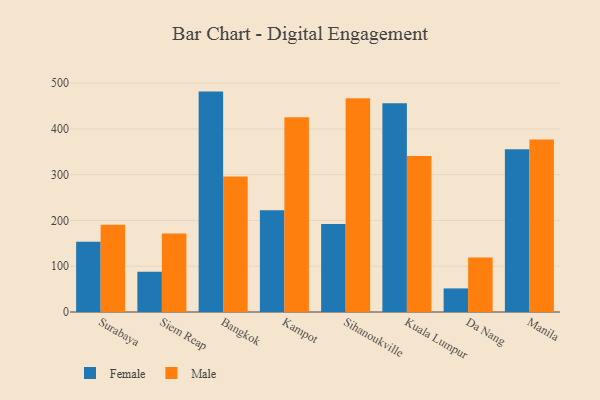
{"axis": {"x": "City", "y": "LTV (USD)"}, "legend": ["Female", "Male"], "data": [{"x": "Surabaya", "y": 153.7, "type": "Female"}, {"x": "Surabaya", "y": 190.5, "type": "Male"}, {"x": "Siem Reap", "y": 87.9, "type": "Female"}, {"x": "Siem Reap", "y": 171.3, "type": "Male"}, {"x": "Bangkok", "y": 481.4, "type": "Female"}, {"x": "Bangkok", "y": 295.8, "type": "Male"}, {"x": "Kampot", "y": 222.3, "type": "Female"}, {"x": "Kampot", "y": 425.4, "type": "Male"}, {"x": "Sihanoukville", "y": 192.1, "type": "Female"}, {"x": "Sihanoukville", "y": 467.0, "type": "Male"}, {"x": "Kuala Lumpur", "y": 456.2, "type": "Female"}, {"x": "Kuala Lumpur", "y": 341.0, "type": "Male"}, {"x": "Da Nang", "y": 51.5, "type": "Female"}, {"x": "Da Nang", "y": 119.3, "type": "Male"}, {"x": "Manila", "y": 355.7, "type": "Female"}, {"x": "Manila", "y": 376.8, "type": "Male"}]}